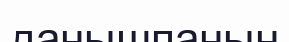
данышпанын